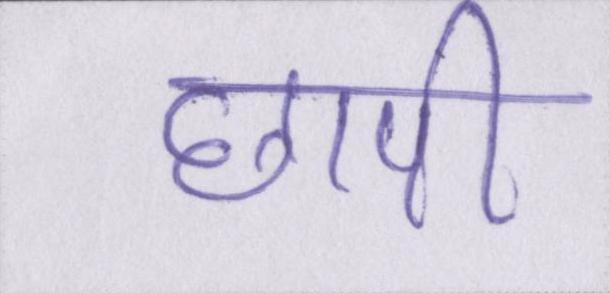
छापी